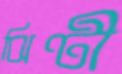
ঝিণ্টী